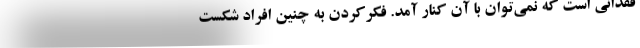
فقدانی است که نمی‌توان با آن کنار آمد. فکرکردن به چنین افراد شکست